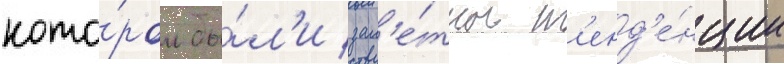
кото́ром бы́л'и зам'е́тны т'енд'е́нции